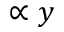
\propto y